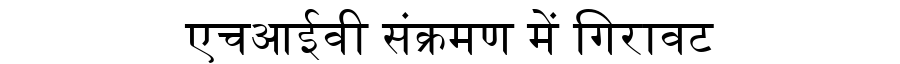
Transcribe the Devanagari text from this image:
एचआईवी संक्रमण में गिरावट